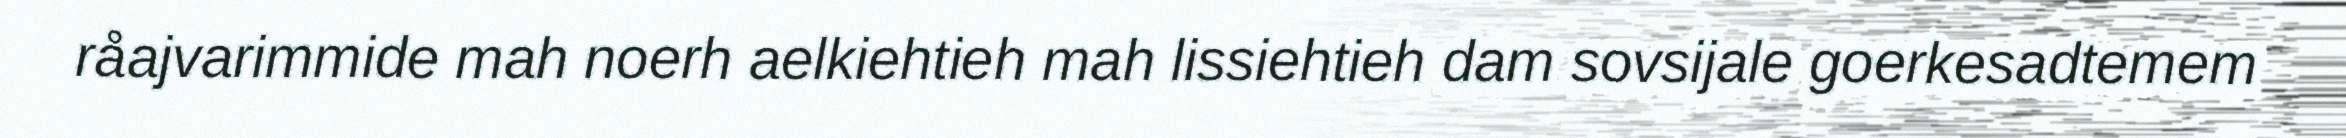
råajvarimmide mah noerh aelkiehtieh mah lissiehtieh dam sovsijale goerkesadtemem